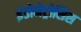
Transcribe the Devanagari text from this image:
इंडोमेट्रोसिस